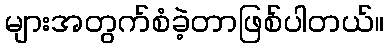
များအတွက်စံခဲ့တာဖြစ်ပါတယ်။